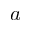
a